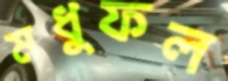
মধুফল